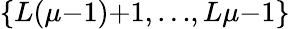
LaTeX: \{ L(\mu{-}1){+}1,{\ldots},L\mu{-}1\}